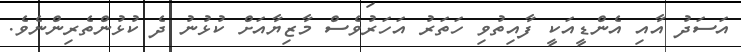
އަސަދު އާއި އެންޑީއަކީ ފާއިތުވި ހަތަރު އަހަރުވެސް މާޒިޔާއަށް ކުޅުނު ދެ ކުޅުންތެރިންނެވެ.